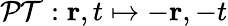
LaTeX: \mathcal{PT}:\mathbf{r},t\mapsto-\mathbf{r},-t